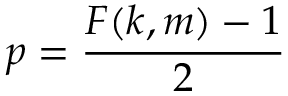
p = { \frac { F ( k , m ) - 1 } { 2 } }